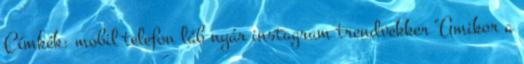
Címkék: mobil telefon láb nyár instagram trendvekker "Amikor a